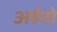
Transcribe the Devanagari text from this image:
अर्हतो